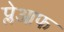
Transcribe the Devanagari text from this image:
प्लेआफ